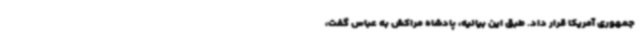
جمهوری آمریکا قرار داد. طبق این بیانیه، پادشاه مراکش به عباس گفت،